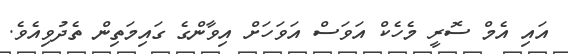
އައި އެމް ސޮރީ މެހެކް އަވަސް އަވަހަށް އިވާންގެ ގައިމަތިން ތެދުވިއެވެ.